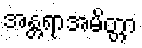
အန္တရာအမိတ္တာ